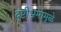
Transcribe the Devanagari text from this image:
दृष्टीभ्रमामुळे